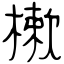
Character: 樕